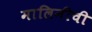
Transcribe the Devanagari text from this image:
मालिनीची